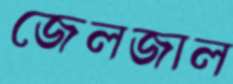
জেলজাল